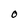
Character: O